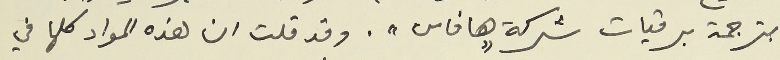
بترجمة برقيات شركة "هافاس". وقد قلت ان هذه المواد كلها في